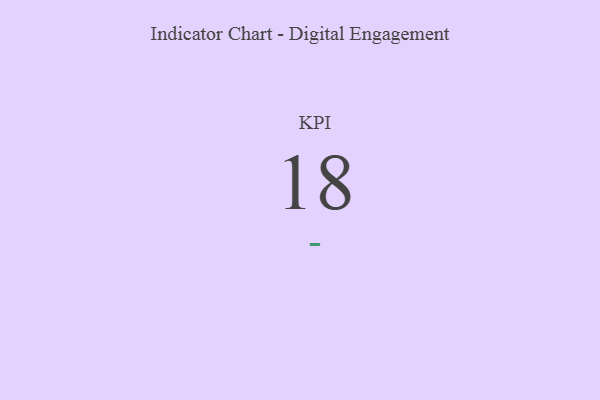
{"axis": {"x": "KPI", "y": "Value"}, "legend": [""], "data": [{"x": "KPI", "y": 18, "type": ""}]}